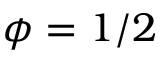
\phi = 1 / 2